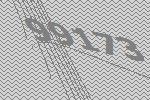
99173